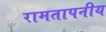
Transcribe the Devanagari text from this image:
रामतापनीय